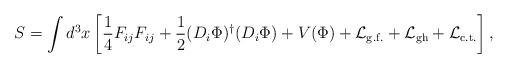
LaTeX: \begin{align*} S= \int d^3x \left[ \frac{1}{4} F_{ij} F_{ij}+ \frac{1}{2}(D_i \Phi)^{\dagger}(D_i \Phi)+V(\Phi)+ {\cal L}_{\rm g.f.}+{\cal L}_{\rm gh} +{\cal L}_{\rm c.t.} \right],\end{align*}